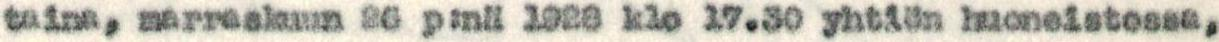
taina, marraskuun 26 p:nä 1928 klo 17.30 yhtiön huoneistossa,